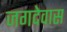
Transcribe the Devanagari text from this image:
जगदेवास